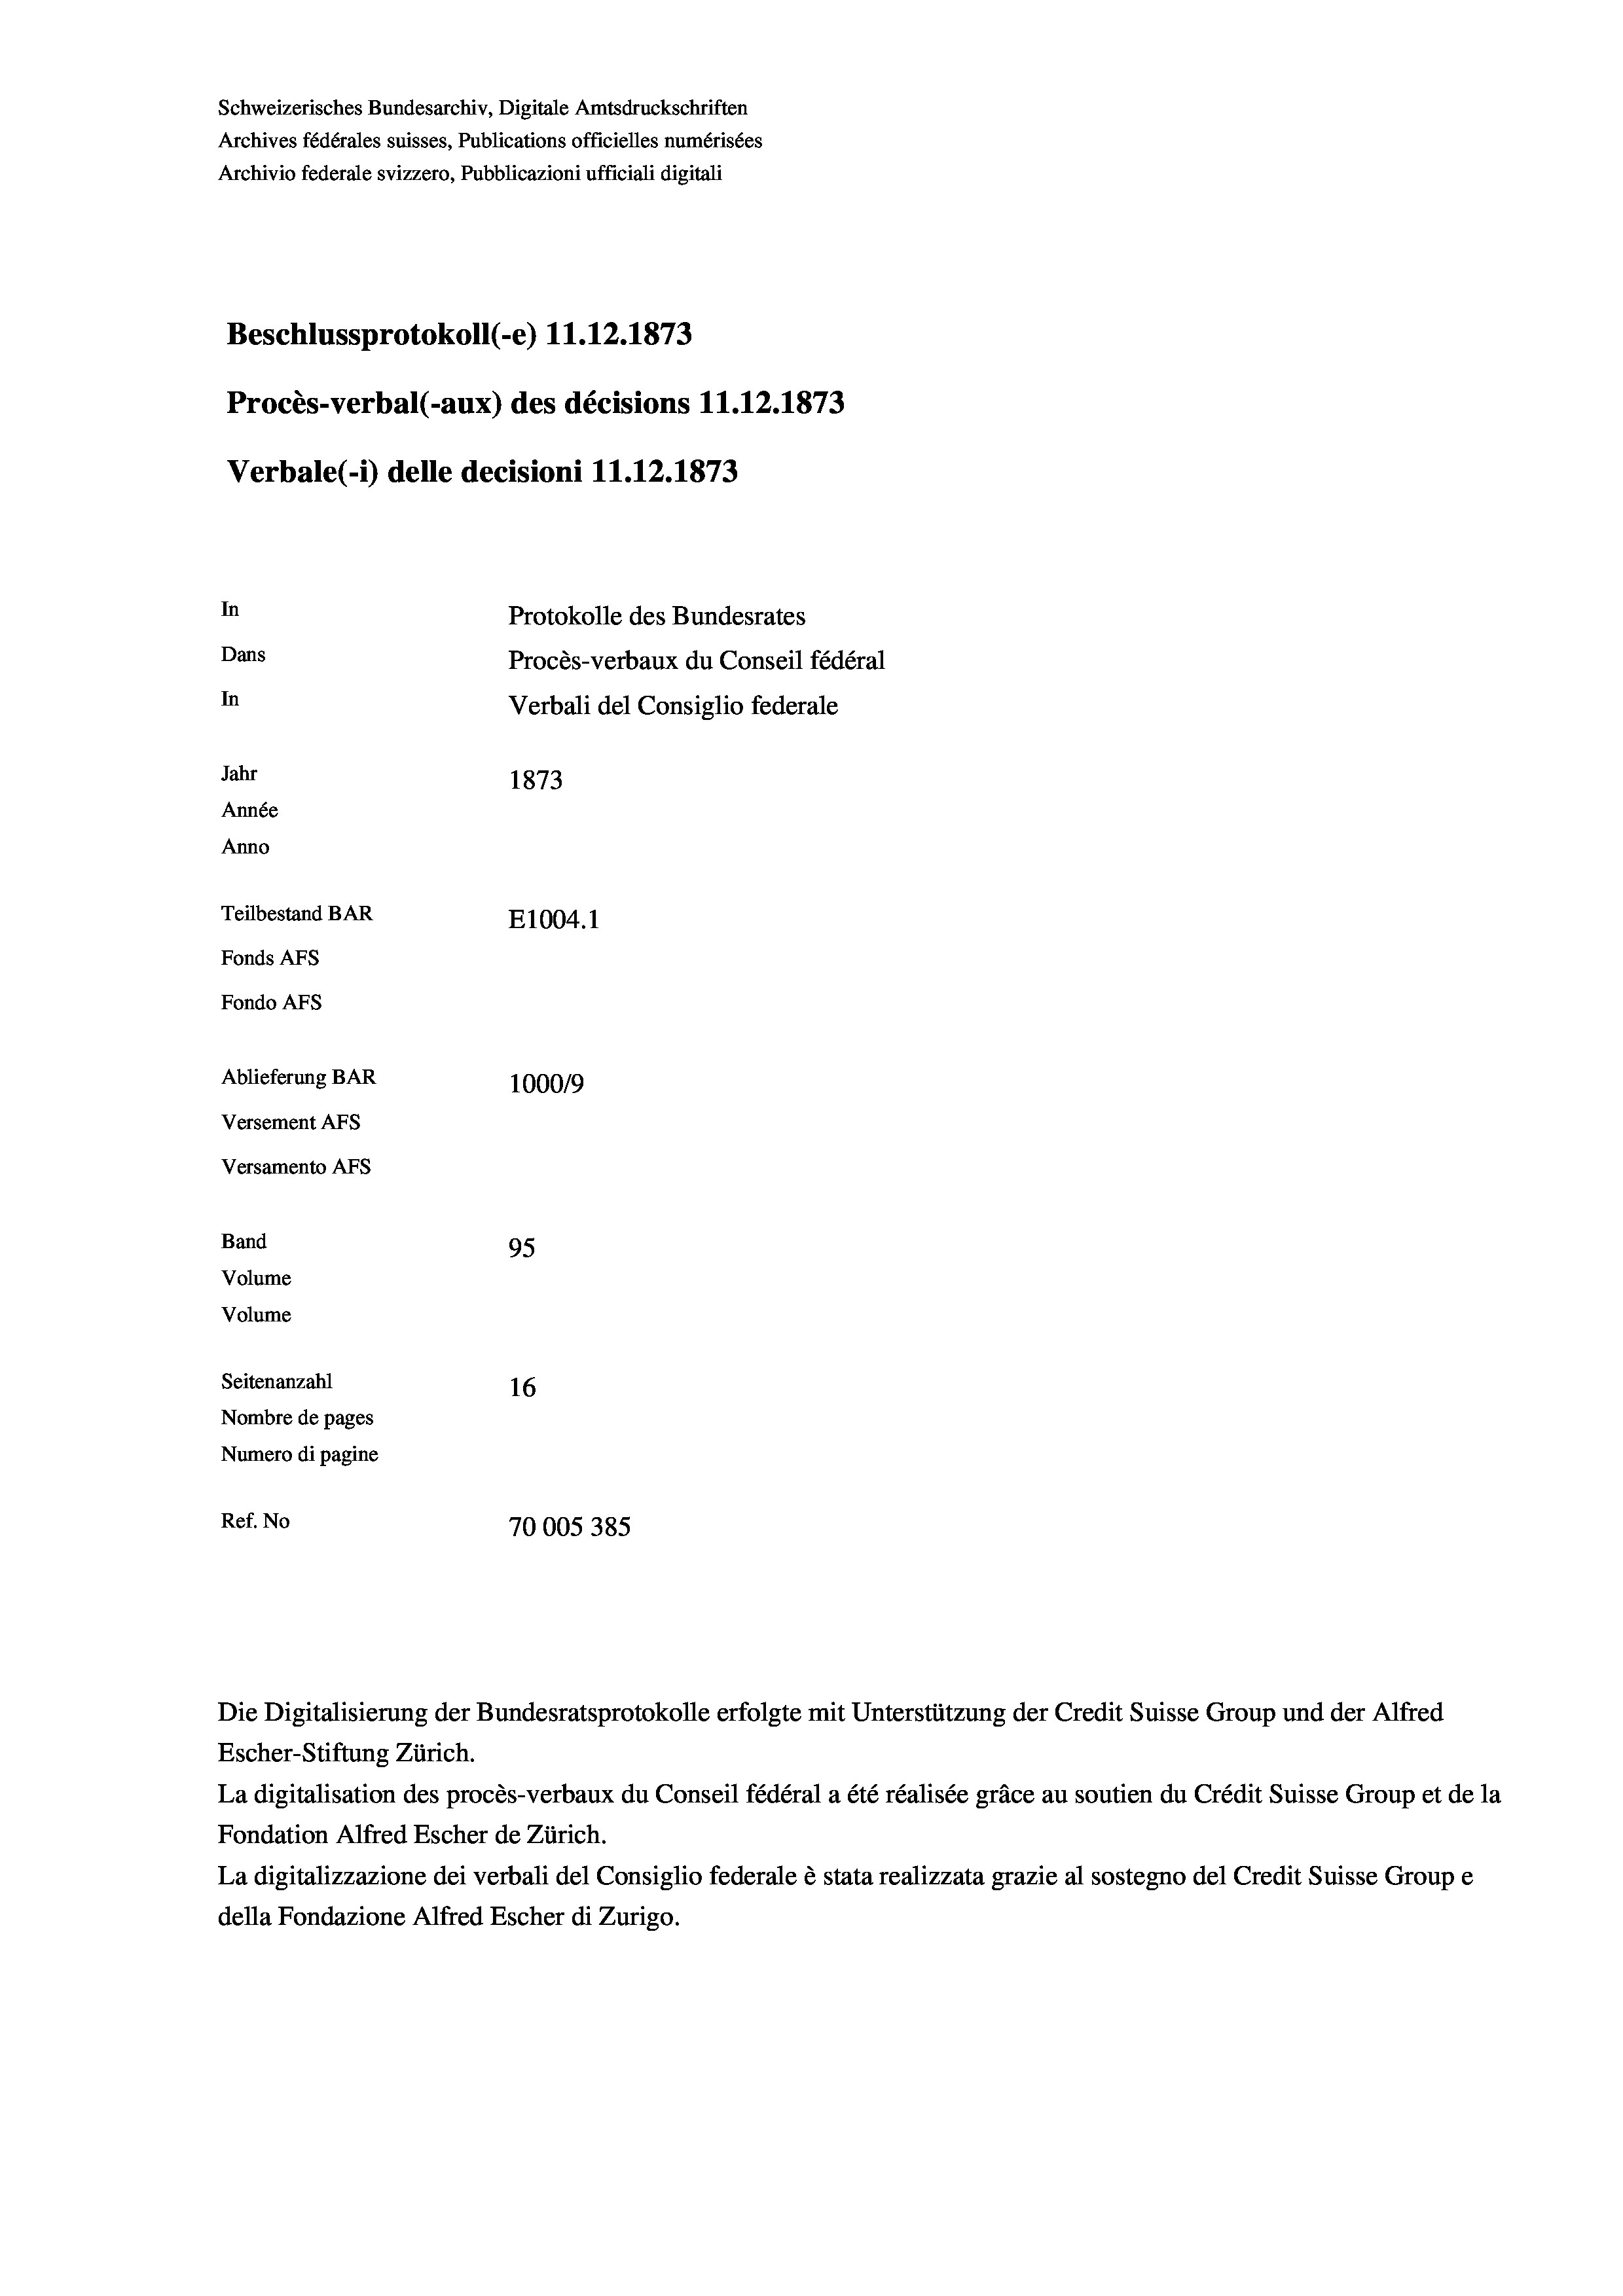
Schweizerisches Bundesarchiv, Digitale Amtsdruckschriften
Archives fédérales suisses, Publications officielles numérisées
Archivio federale svizzero, Pubblicazioni ufficiali digitali
Beschlussprotokoll (-e) 11.12.1873
Procès-verbal (-aux) des décisions 11.12.1873
Verbale (- 1) delle decisioni 11.12.1873
In
Protokolle des Bundesrates
Dans
Procès-verbaux du Conseil fédéral
In
Verbali del Consiglio federale
Jahr
1873
Année
Anno
Teilbestand BAR
E1004. 1
Fonds Afs
Fondo AFs
Ablieferung BAR
1000/9
Versement Abs
Versamento Afs

95
Seitenanzahl
16
Nombre de pages
Numero di pagine
Ref. No
70005 385.

Band

Volume
Volume

Escher-Stiftung Zürich.
La digitalisation des procès-verbaux du Conseil fédéral a été réalisée gräce au soutien du Crédit Suisse Group et de la
Fondation Alfred Escher de Zürich.
La digitalizzazione dei verbali del Consiglio federale è stata realizzata grazie al sostegno del Credit Suisse Groupe
della Fondazione Alfred Escher di Zurigo.

Die Digitalisierung der Bundesratsprotokolle erfolgte mit Unterstützung der Credit Suisse Group und der Alfred